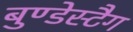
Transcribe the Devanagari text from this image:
बुण्डेस्टैग